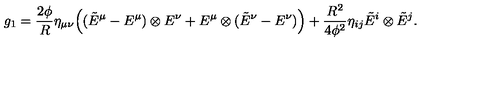
g _ { 1 } = \frac { 2 \phi } { R } \eta _ { \mu \nu } \Big ( ( \tilde { E } ^ { \mu } - E ^ { \mu } ) \otimes E ^ { \nu } + E ^ { \mu } \otimes ( \tilde { E } ^ { \nu } - E ^ { \nu } ) \Big ) + \frac { R ^ { 2 } } { 4 \phi ^ { 2 } } \eta _ { i j } \tilde { E } ^ { i } \otimes \tilde { E } ^ { j } .